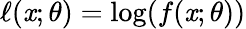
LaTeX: \ell(\mathit{x};\theta)=\log(f(\mathit{x};\theta))